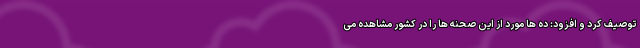
توصیف کرد و افزود: ده ها مورد از این صحنه ها را در کشور مشاهده می